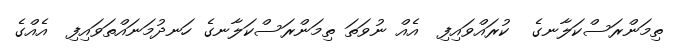
ތިމަންރަސްކަލާނގެ  ކުރައްވައިފި  އެއް ނުވަތަ ތިމަންރަސްކަލާނގެ ހަނދުމަނައްތަވައިފި  އެއްގެ